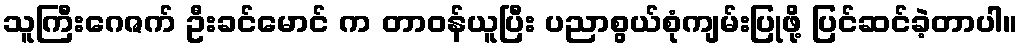
သူကြီးဂေဇက် ဦးခင်မောင် က တာဝန်ယူပြီး ပညာစွယ်စုံကျမ်းပြုဖို့ ပြင်ဆင်ခဲ့တာပါ။